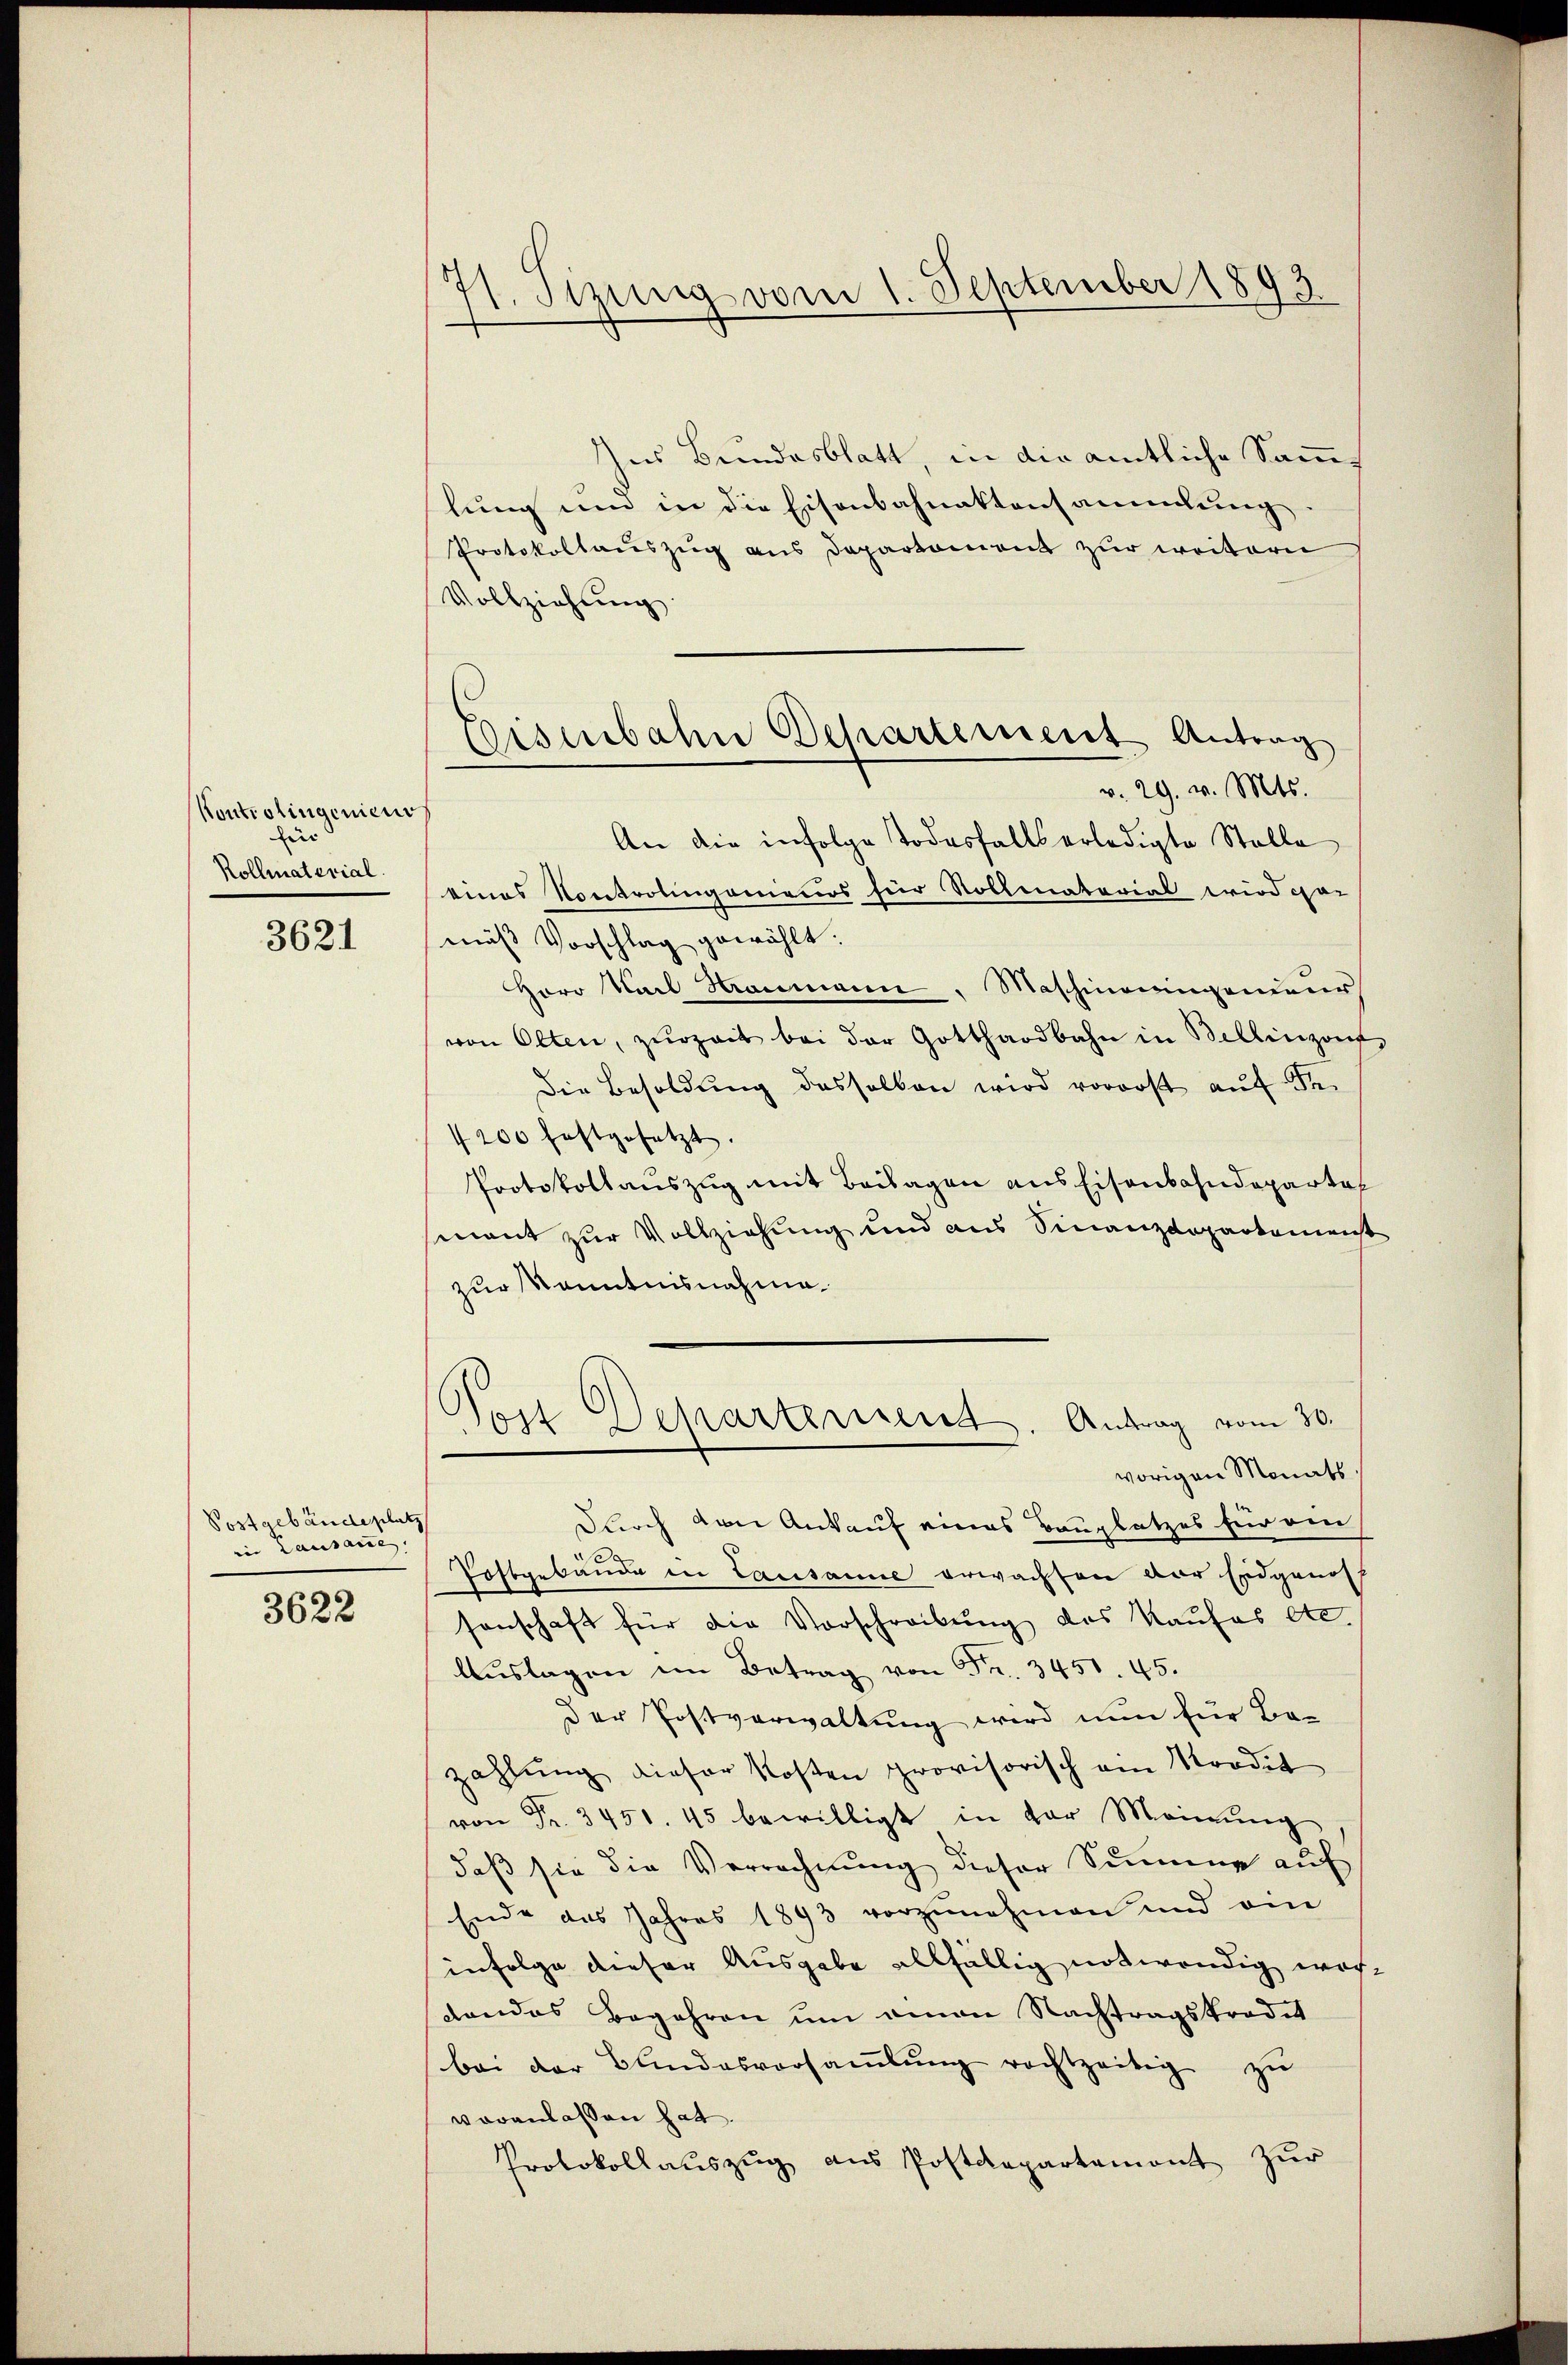
Kontrolingenieur
zir
Rollmaterial.
3621

Postgebäude platz
in Lausanne,
3622

71. Fizung vom 1. September 1893.

Ins Bundesblatt, in die amtliche Sammlung und in die Eisenbahnaktensammlung
Protokollauszug aus Departement zur weiteren
Vollziehung.
An die infolge Todesfalls erledigte Stolle
eines Kontrolingenieurs für Rollenatorial wird par
mäß Vorschlag gewählt:
Herr Karl Hammann, Maschineingeneur
von Olten, zŭrzeit bei der Gotthardbahn in Bellinzont
die Besoldŭng desselben wird vorerst auf den
1200 festgesetzt.
Protokollauszug mit Beilagen aus Eisenbahndepartal
smnant zur Vollziehung und aus Finanzdepartemenst
zur Kenntnisnahme.
d
Post Departerrenz. Antrag vom 30.
vorigen Monats.
Durch den Ankauf eines Bauplatzes für ein
e
Postgebäude in Lausanne erwachten vor Eidgenos
senschaft für die Vorschreibung des Kaufes etc.
Aŭslagen im Betrag von Fr. 3451. 45.
der Postverwaltung wird nun für Be-
zahlung dieser Kosten provisorisch am Prodit
von Fr. 3450. 45 bewilligt in der Meinŭng
daß sie die Verrechnung dieser Summe auf
Ende aus Jahres 1893 vorzŭnehmen und am
infolge dieser Ausgabe allfällig notwendig worgandas Begehren um einen Nachtragskrodet
bei der Bundesversaṁlŭng rechtzeitig zŭ
veranlassen hat
Protokollaŭszŭg aŭs Postdepartement zŭr

Eisenbahn Departement Antrag
v. 29. v. Mts.